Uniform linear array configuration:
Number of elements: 24
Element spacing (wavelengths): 1
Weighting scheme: cosine
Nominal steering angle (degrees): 45
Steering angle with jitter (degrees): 44.739
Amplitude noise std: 0.05
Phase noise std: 0.05

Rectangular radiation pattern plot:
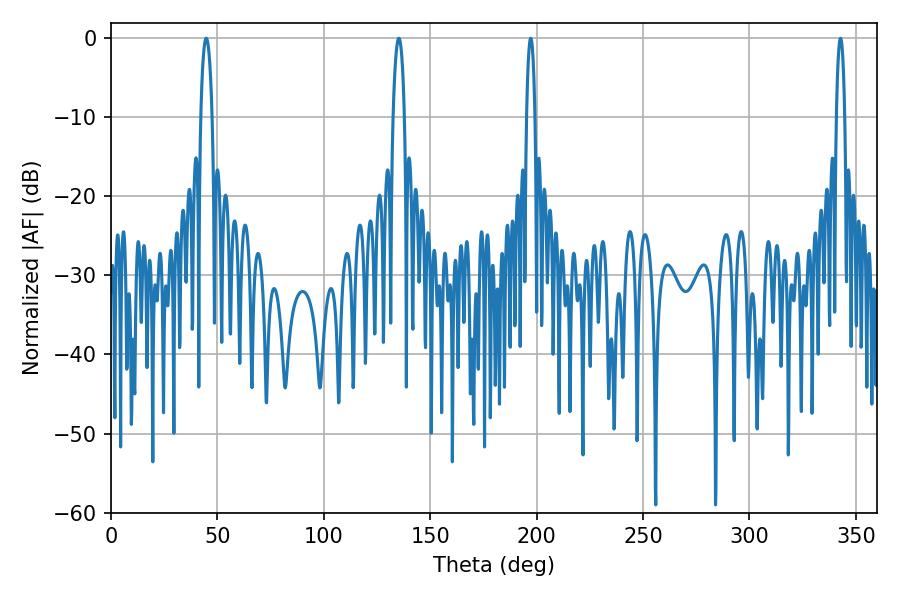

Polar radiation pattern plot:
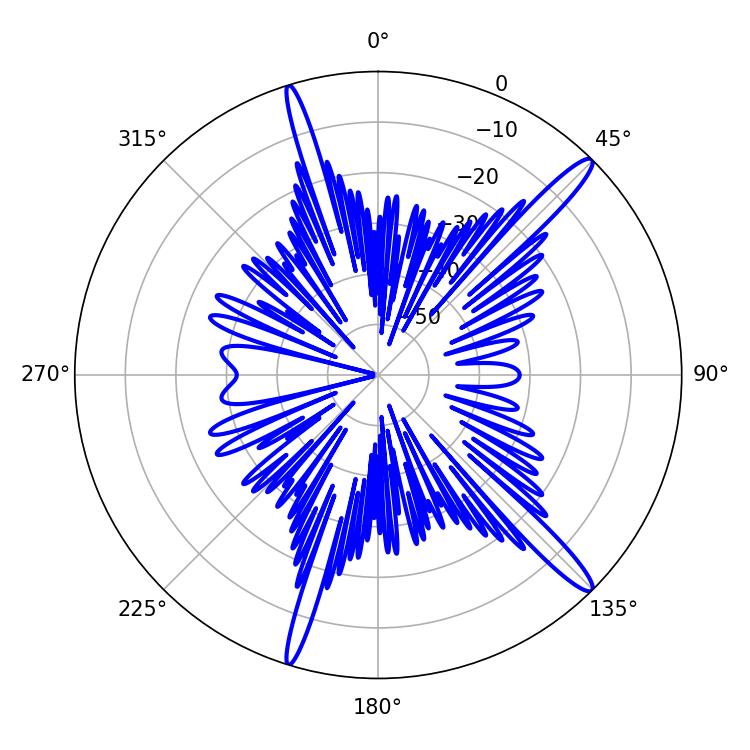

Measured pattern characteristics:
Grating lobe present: TRUE
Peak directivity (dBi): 15.509
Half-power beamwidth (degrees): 3.06
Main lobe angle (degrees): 135.18